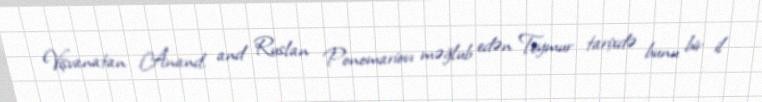
Vişvanatan Anand, and Ruslan Ponomariovı məğlub edən Teymur tarixdə bunu bir il